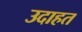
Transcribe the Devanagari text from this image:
उदाहत